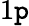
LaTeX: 1\mathtt{p}